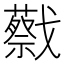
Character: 𢨝